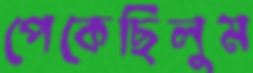
পেকেছিলুম